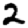
Digit: 2